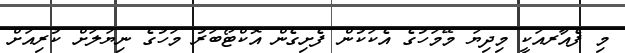
މި ފެއާރއަކީ މިދިޔަ މޭމަހުގެ އެކަކުން ފެށިގެން އޮކްޓޯބަރު މަހުގެ ނިޔަލަށް ކުރިއަށް